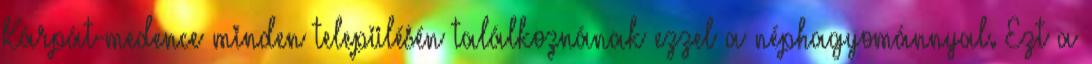
Kárpát-medence minden településén találkoznának ezzel a néphagyománnyal. Ezt a